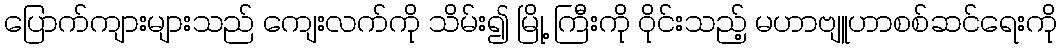
ပြောက်ကျားများသည် ကျေးလက်ကို သိမ်း၍ မြို့ ကြီးကို ဝိုင်းသည့် မဟာဗျူဟာစစ်ဆင်ရေးကို